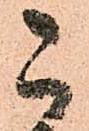
こ